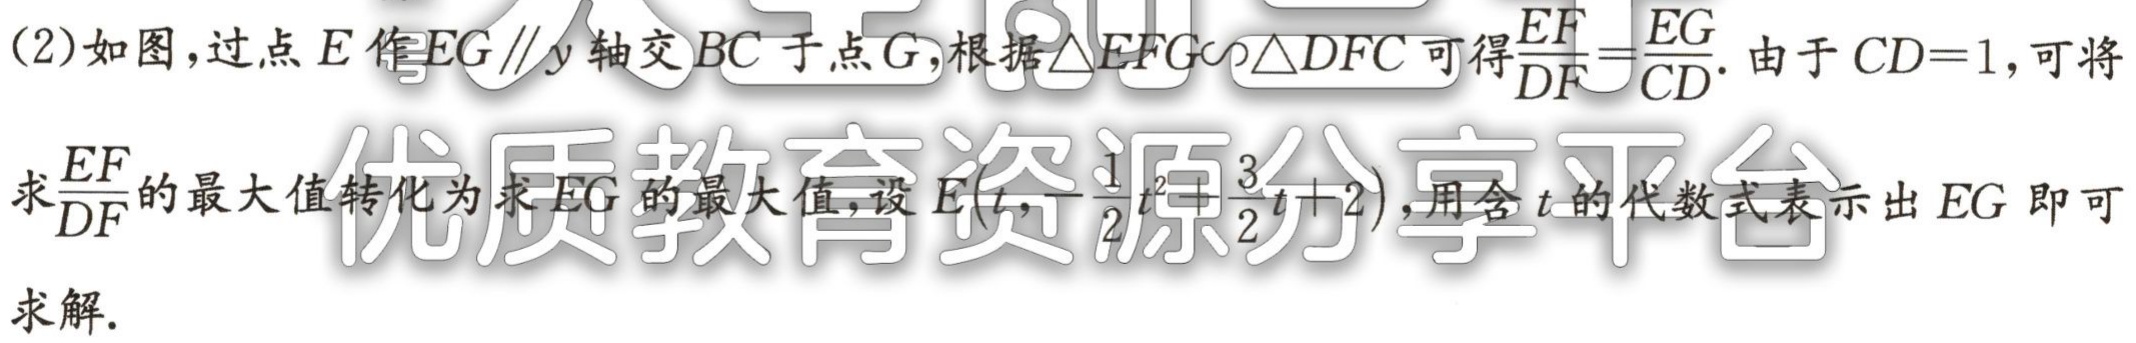
(2)如图，过点\(E\)作\(EG\parallel y\)轴交\(BC\)于点\(G\)，根据\(\triangle EFG\sim\triangle DFC\)可得\(\frac{EF}{DF}=\frac{EG}{CD}\). 由于\(CD = 1\)，可将
求\(\frac{EF}{DF}\)的最大值转化为求\(EG\)的最大值，设\(E(t,-\frac{1}{2}t^{2}+\frac{3}{2}t + 2)\)，用含\(t\)的代数式表示出\(EG\)即可
求解.